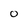
Character: O